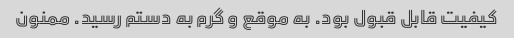
کیفیت قابل قبول بود. به موقع و گرم به دستم رسید. ممنون